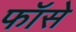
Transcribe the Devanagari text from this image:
फॉसे